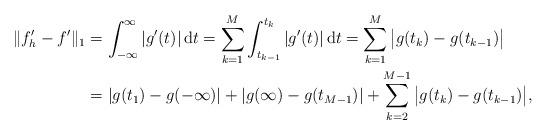
LaTeX: \begin{align*}\Vert f'_h - f' \Vert_1 &= \int_{-\infty}^\infty |g'(t)| \, \mathrm{d}t = \sum_{k = 1}^M \int_{t_{k-1}}^{t_{k}} | g'(t)| \, \mathrm{d}t = \sum_{k=1}^M \big| g(t_k) - g(t_{k-1}) \big| \\&= |g(t_1) - g(-\infty)| + |g(\infty) - g(t_{M-1})| + \sum_{k=2}^{M-1} \big| g(t_k) - g(t_{k-1}) \big|,\end{align*}